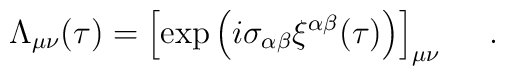
\Lambda _{\mu \nu}(\tau ) = \left[ \exp \left(i\sigma _{\alpha \beta} \xi^{\alpha \beta }(\tau ) \right)\right]_{\mu \nu}~~~~.